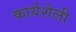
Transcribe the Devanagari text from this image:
कार्यशेली